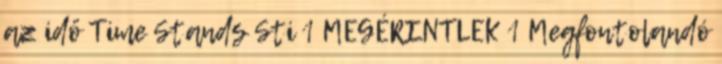
az idő Time Stands Sti 1 MEGÉRINTLEK 1 Megfontolandó